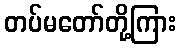
တပ်မတော်တို့ကြား